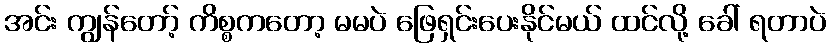
အင်း ကျွန်တော့် ကိစ္စကတော့ မမပဲ ဖြေရှင်းပေးနိုင်မယ် ထင်လို့ ခေါ် ရတာပဲ